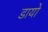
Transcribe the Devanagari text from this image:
डायो